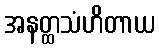
အနတ္ထသံဟိတာယ